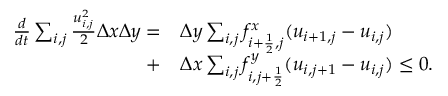
\begin{array} { r l } { \frac { d } { d t } \sum _ { i , j } \frac { u _ { i , j } ^ { 2 } } { 2 } \Delta x \Delta y = } & { \Delta y \sum _ { i , j } f _ { i + \frac { 1 } { 2 } , j } ^ { x } ( u _ { i + 1 , j } - u _ { i , j } ) } \\ { + } & { \Delta x \sum _ { i , j } f _ { i , j + \frac { 1 } { 2 } } ^ { y } ( u _ { i , j + 1 } - u _ { i , j } ) \le 0 . } \end{array}